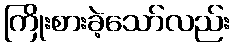
ကြိုးစားခဲ့သော်လည်း